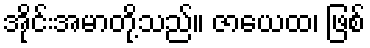
အိုင်းအမာတို့သည်။ ဇာယေထ၊ ဖြစ်